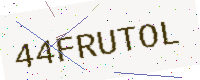
Text: 44FRUTOL